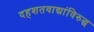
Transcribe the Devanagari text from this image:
दहशतवाद्यांविरुद्ध